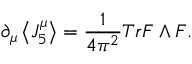
{ \partial } _ { \mu } \left\langle J _ { 5 } ^ { \mu } \right\rangle = \frac { 1 } { 4 { \pi ^ { 2 } } } T r F \mathrm { \tiny ~ \wedge ~ } F .